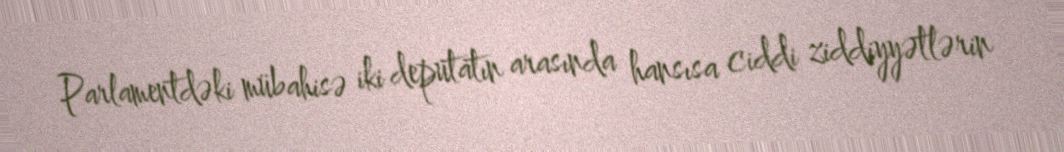
Parlamentdəki mübahisə iki deputatın arasında hansısa ciddi ziddiyyətlərin